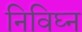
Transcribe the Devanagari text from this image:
निविघ्न